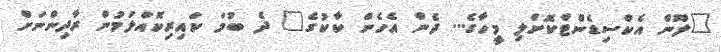
"ލޫން އެކްސިޑެންޓްކޮށްލި މީހާގެ... ދެން އެހެން ކާކުގެ" ދެ ބުމަ ކައިރިކޮއްލަމުން ރާދިންނަށް